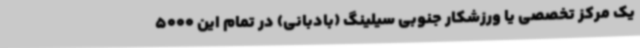
یک مرکز تخصصی یا ورزشکار جنوبی سیلینگ (بادبانی) در تمام این 5000